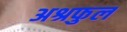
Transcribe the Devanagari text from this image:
अश्रफुल